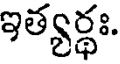
ఇత్యర్థః.